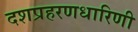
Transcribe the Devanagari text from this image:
दशप्रहरणधारिणी